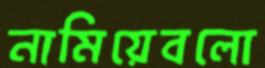
নামিয়েবলো